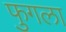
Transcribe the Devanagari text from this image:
फुगला